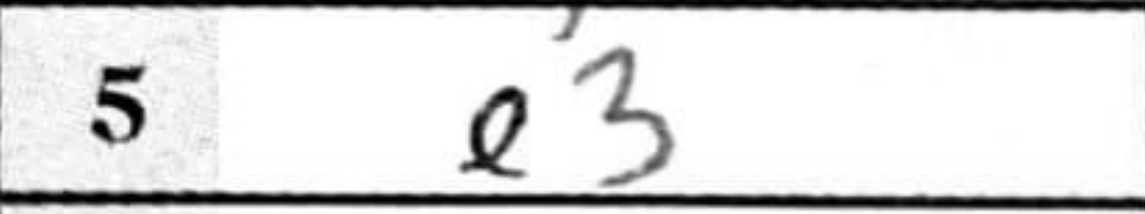
Transcription: e3